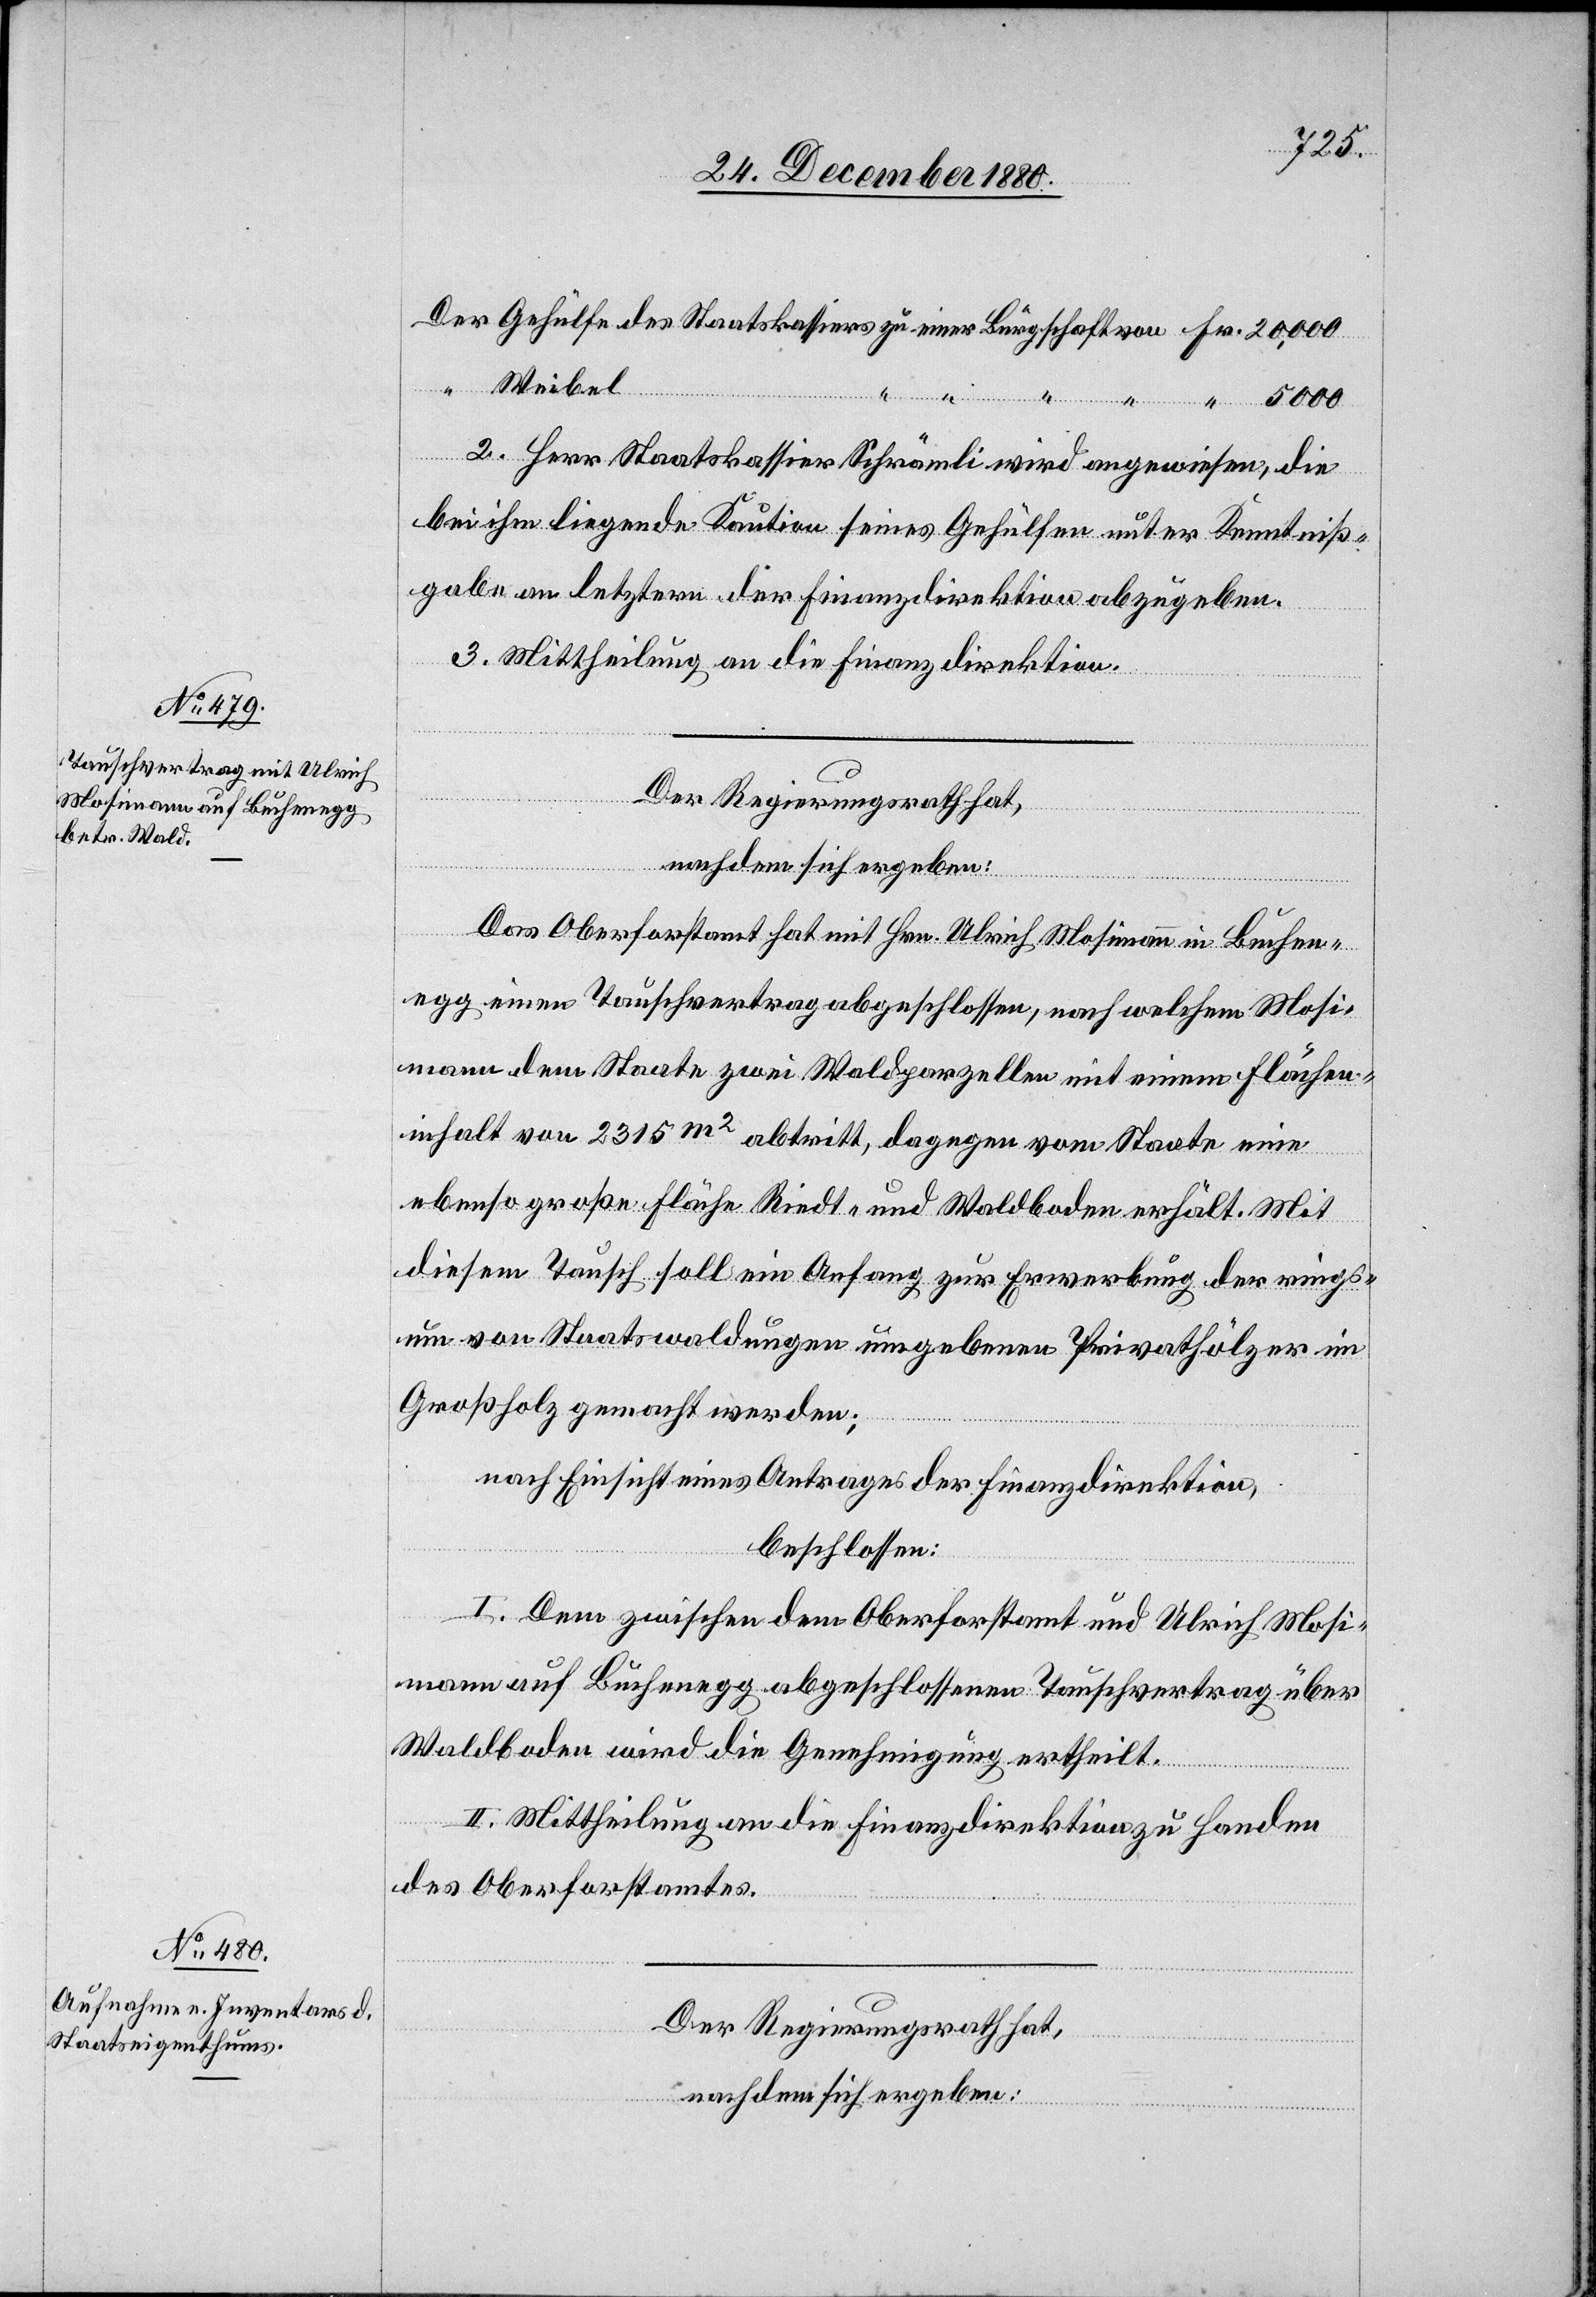
5000.
Weibel
von
2. Herr Staatskassier Schrämli wird angewiesen, die
bei ihm liegende Kaution seines Gehülfen unter Kenntniß¬
gabe an letztere der Finanzdirektion abzugeben.
3. Mittheilung an die Finanzdirektion.
Der Regierungsrath hat,
nachdem sich ergeben:
Das Oberforstamt hat mit Hrn. Ulrich Mosimann in Buchen¬
egg einen Tauschvertrag abgeschlossen, nach welchem Mosi¬
mann dem Staate zwei Waldparzellen mit einem Flächen¬
inhalt von 2315 m2 abtritt, dagegen vom Staate eine
ebenso große Fläche Riedt- und Waldboden erhält. Mit
diesem Tausch soll ein Anfang zur Erwerbung der rings¬
um von Staatswaldungen umgebenen Privathölzer im
Großholz gemacht werden;
nach Einsicht eines Antrages der Finanzdirektion,
beschlossen:
I. Dem zwischen dem Oberforstamt und Ulrich Mosi¬
mann auf Buchenegg abgeschlossenen Tauschvertrag über
Waldboden wird die Genehmigung ertheilt.
II. Mittheilung an die Finanzdirektion zu Handen
des Oberforstamtes.